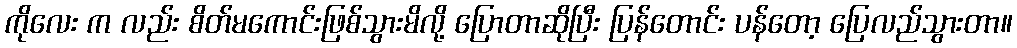
ကိုလေး က လည်း စိတ်မကောင်းဖြစ်သွားမိလို့ ပြောတာဆိုပြီး ပြန်တောင်း ပန်တော့ ပြေလည်သွားတာ။